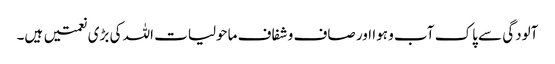
آلودگی سے پاک آب و ہوا اور صاف و شفاف ماحولیات اللہ کی بڑی نعمتیں ہیں۔